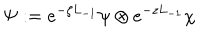
LaTeX: \Psi : = e ^ { - \zeta L _ { - 1 } } \psi \otimes e ^ { - z L _ { - 1 } } \chi